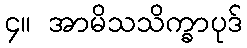
၄။ အာမိသသိက္ခာပုဒ်